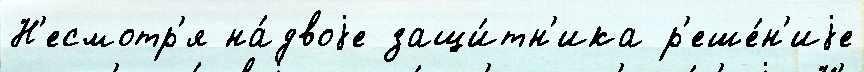
Н'есмотр'я на́двоjе защи́тн'ика р'еше́н'иjе